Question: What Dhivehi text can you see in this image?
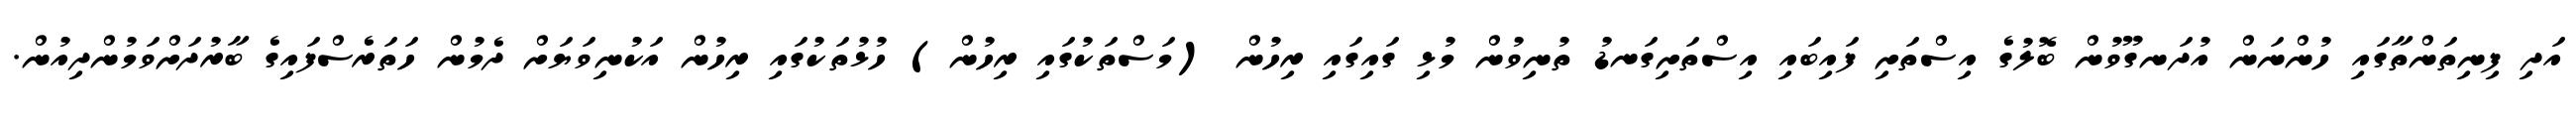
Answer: އަދި ފިނިތަންތާގައި ހުންނަން އުދަނގޫވުން ބޮލުގެ އިސްތަށި ފައިބައި އިސްތަށިގަނޑު ތުނިވުން މުޅި ގައިގައި ރިހުން (މަސްތަކުގައި ރިހުން) ހުޅުތަކުގައި ރިހުން އަކުނިވަޔަށް ދެމުން ހަތަރެސްފައިގެ ބާރުދަށްވަމުންދިއުން.